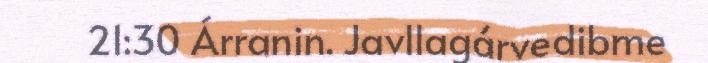
21:30 Árranin. Javllagárvedibme